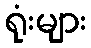
ရုံးများ